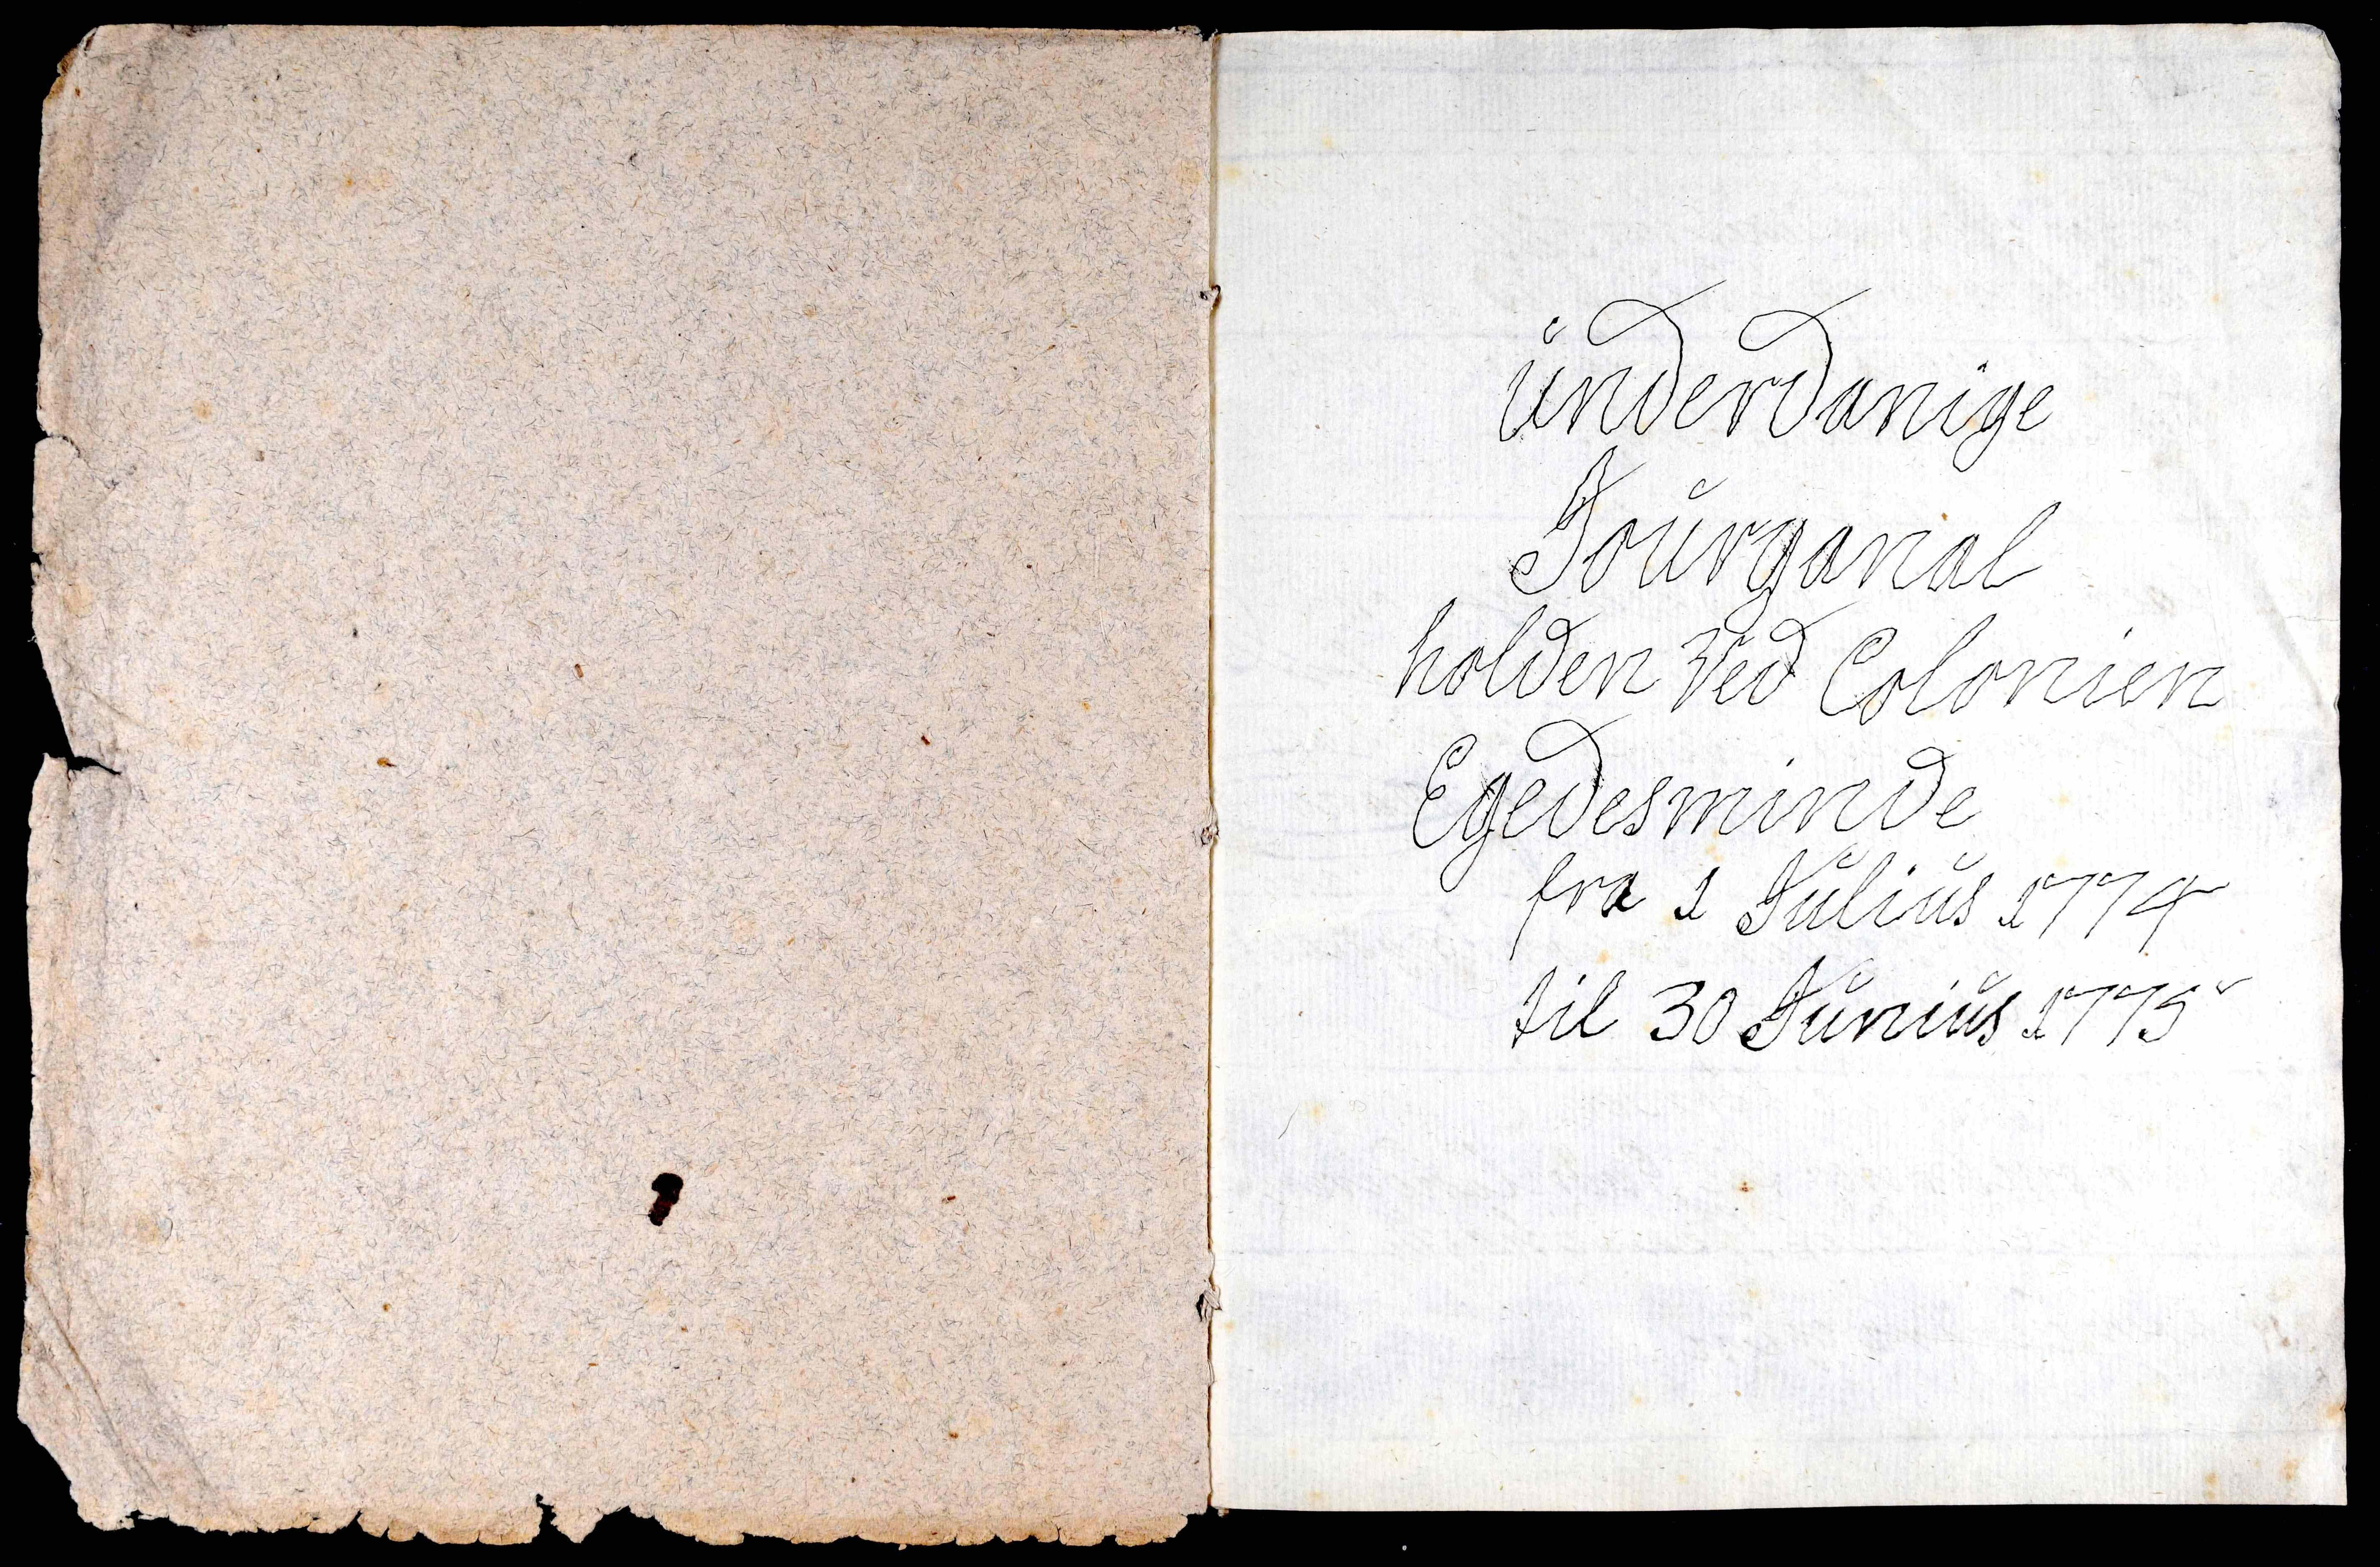
Transkription:
underdanige
Jourganal

holden ved Colonien
Egedesminde
fra 1 Julius 1774
til 30 Junius 1775